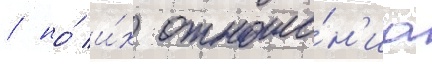
/ но́ и́х отноше́н'иа